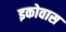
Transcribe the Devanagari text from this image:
इकोवास